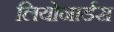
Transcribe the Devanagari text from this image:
लियोनार्डस